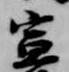
宣